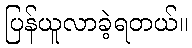
ပြန်ယူလာခဲ့ရတယ်။